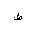
Letter: _da